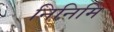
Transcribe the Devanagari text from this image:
निनिमि